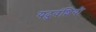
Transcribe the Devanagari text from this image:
यदुवंशियो